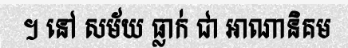
។ នៅ សម័យ ធ្លាក់ ជា អាណានិគម